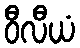
ဝီလီယံ